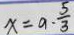
x = a \cdot \frac { 5 } { 3 }